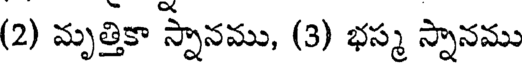
(2) మృత్తికా స్నానము, (3) భస్మ స్నానము